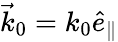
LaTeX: \vec{k}_{0}=k_{0}\hat{e}_{\parallel}